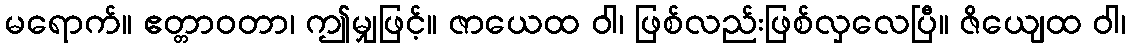
မရောက်။ ဧတ္တာဝတာ၊ ဤမျှဖြင့်။ ဇာယေထ ဝါ၊ ဖြစ်လည်းဖြစ်လှလေပြီ။ ဇိယျေထ ဝါ၊